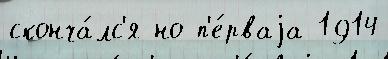
сконча́лс'я но п'е́рваjа 1914